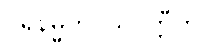
ပရနိမ္မိတဝသဝတ္တီဟိ